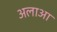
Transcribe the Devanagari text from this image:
अलाआ